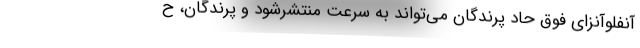
آنفلوآنزای فوق حاد پرندگان می‌تواند به سرعت منتشرشود و پرندگان، ح